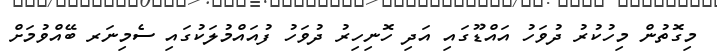
މިގޮތުން މިހުކުރު ދުވަހު އައްޑޫގައި އަދި ހޮނިހިރު ދުވަހު ފުއައްމުލަކުގައި ސެމިނަރ ބޭއްވުމަށް